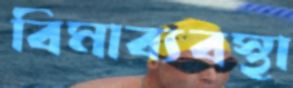
বিমাব্যবস্থা